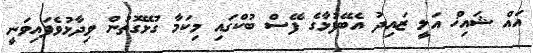
އައް ޝައިޚް އަލީ ޒައިދު އެބޭފުޅާގެ ފޭސް ބުކްގައި މިކަމާ ގުޅޭގޮތުން ވިދާޅުވެފައިވަނީ